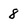
Character: 8